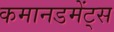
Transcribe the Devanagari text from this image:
कमानडमेंट्स